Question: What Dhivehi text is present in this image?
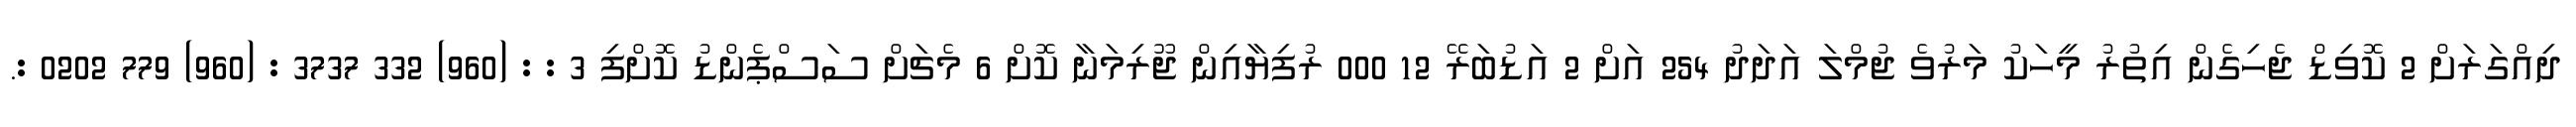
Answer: ދިއްގަރަށް 2 ކޮވިޑް ޖެހިގެން އިތުރު މީހަކު މަރުވެ ޖުމްލަ އަދަދު 254 އަށް 2 އަޑުބަރޭ 12 000 ރުފިޔާއިން ޖޫރިމަނާ ކޮށް 6 މެޗަށް ސަސްޕެންޑު ކޮށްފި 3 : : (960) 332 3737 : (960) 779 0202 :.